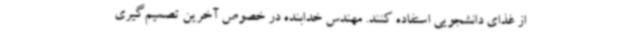
از غذای دانشجویی استفاده کنند. مهندس خدابنده در خصوص آخرین تصمیم‌گیری